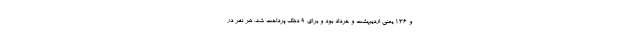
و ۱۳۶ یعنی اردیبهشت و خرداد بود و برای ۹ دهک پرداخت شد. هر نفر در